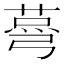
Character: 𦷆